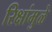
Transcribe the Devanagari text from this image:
रिक्षांमुळे